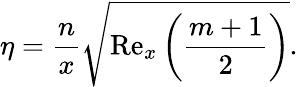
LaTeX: \eta=\frac{n}{x}\sqrt{\mathrm{Re}_{x}\left(\frac{m+1}{2}\right)}.